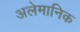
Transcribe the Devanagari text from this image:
अलेमानिक